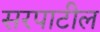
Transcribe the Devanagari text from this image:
सरपाटील